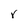
Character: r